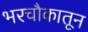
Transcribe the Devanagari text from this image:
भरचौकातून